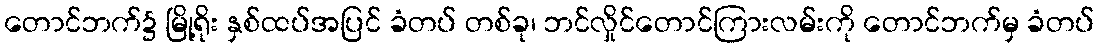
တောင်ဘက်၌ မြို့ရိုး နှစ်ထပ်အပြင် ခံတပ် တစ်ခု၊ ဘင်လှိုင်တောင်ကြားလမ်းကို တောင်ဘက်မှ ခံတပ်